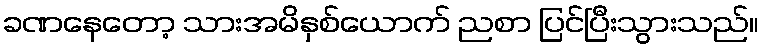
ခဏနေတော့ သားအမိနှစ်ယောက် ညစာ ပြင်ပြီးသွားသည်။